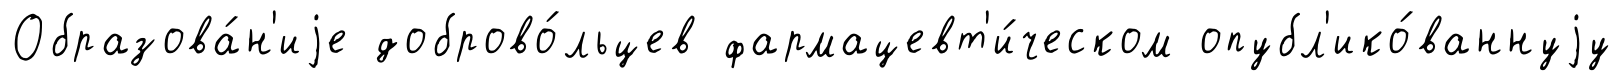
Образова́н'иjе доброво́льцев фармацевт'и́ческом опубл'ико́ваннуjу